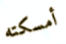
أمسكته